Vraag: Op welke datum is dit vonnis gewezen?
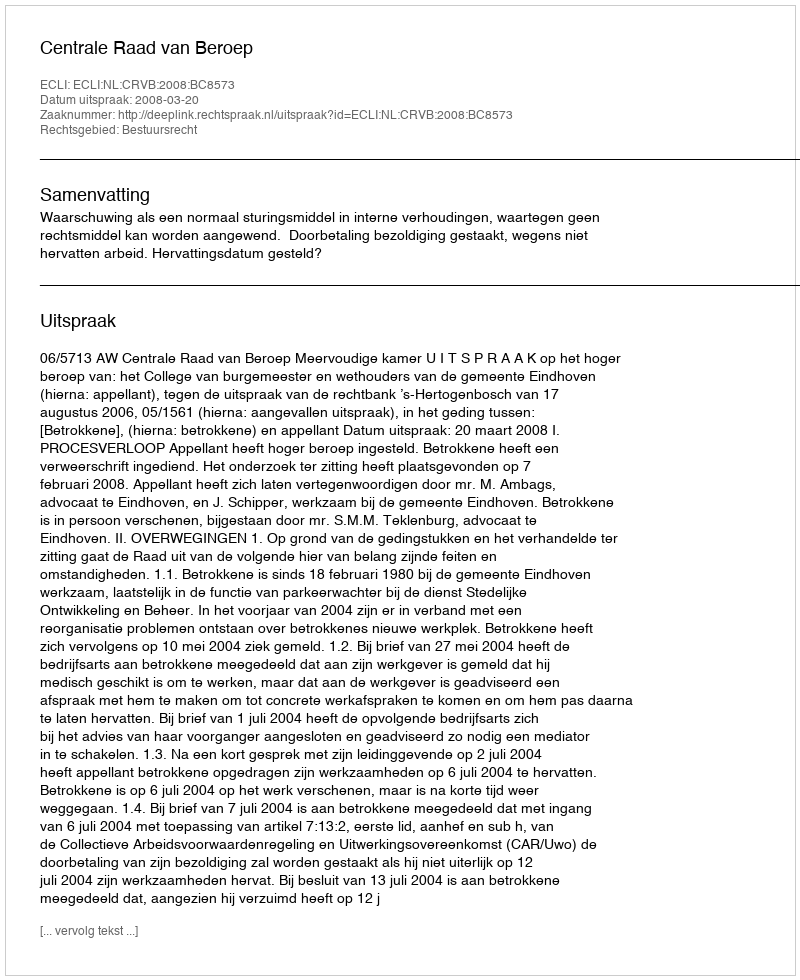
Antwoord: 2008-03-20